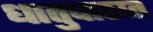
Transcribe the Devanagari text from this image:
धातुपाठात